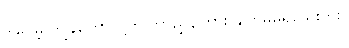
ဒါပေမဲ့ ကျွန်တော်တို့ကို ဘာညွှန်ကြား ချက်မှမရှိသေးဘူး။